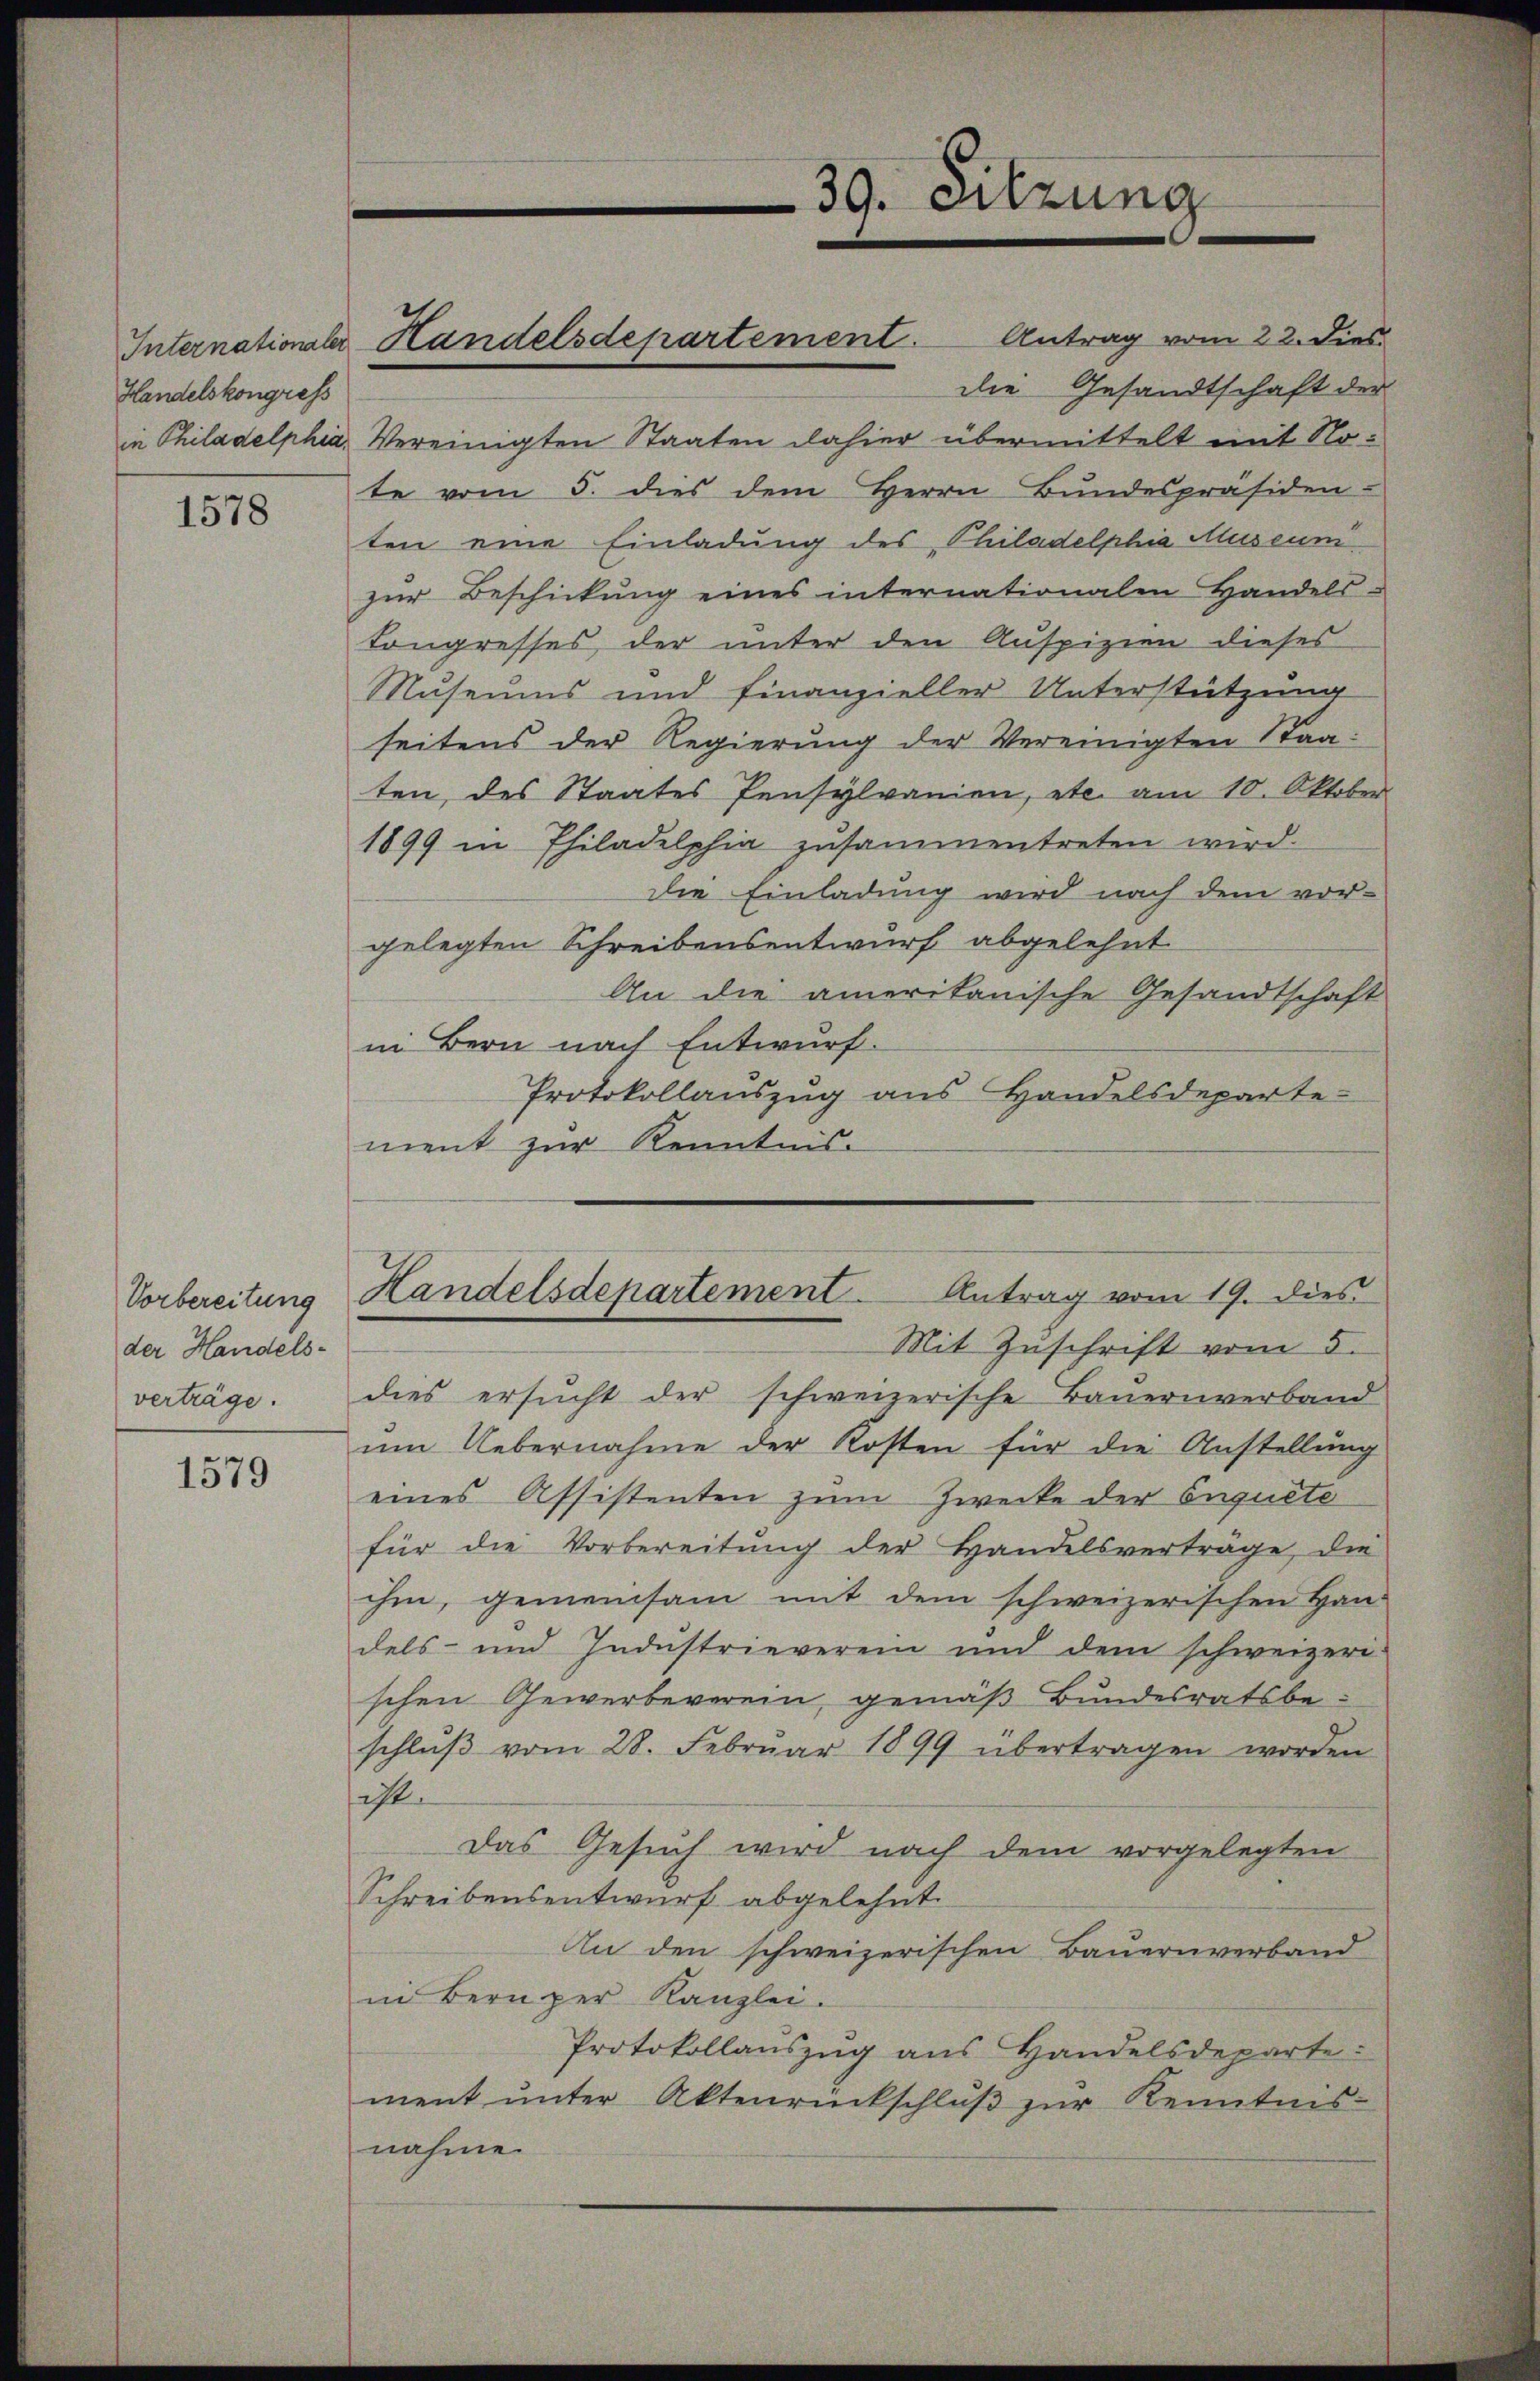
Handelskongress

1578

Vorbereitung
der Handels-
verträge.

1579

die Gesandtschaft der
in Philadelphia, Vereinigten Staaten dahier übermittelt mit Note vom 5. dies dem Herrn Bundespräsiden-
ten eine Einladung des Philadelphia Museum
zŭr Beschickŭng eines internationalen Handels-
Congresses, der unter den Auspizien dieses
Museums und Finanzieller Unterstützung
seitens der Regierung der Vereinigten Staaten, des Staates Pensylvanien, etc. am 10. Oktober
1899 in Philadelphia zusammentreten wird.
Die Einladung wird nach dem vor-
gelegten Schreibensentwurf abgelehnt
An die amerikanische Gesandtschaft
in Bern nach Entwurf.
Protokollauszug aus Handelsdeparte-
ment zur Kenntnis-
Antrag vom 19. dies
Handelsdepartement
Mit Zuschrift vom 5.
dies ersucht der schweizerische Bauernverband
um Uebernahme der Kosten für die Anstellung
eines Assistenten zum Zwecke der Onqueté
für die Vorbereitŭng der Handelsverträge, die
ihm, gemeinsam mit dem schweizerischen Han-
dels- und Industrieverein und dem schweizeri-
schen Gewerbeverein, gemäß Bundesratsbe-
schlŭβ vom 28. Febrŭar 1899 übertragen worden
ist.
Das Gesuch wird nach dem vorgelegten
Schreibensentwurf abgelehnt.
An den schweizerischen Bauernverband
in Bern per Kanzlei.
Protokollauszug aus Handelsdeparte:
ment ŭnter Aktenrückschlŭβ zŭr Kenntnis-
nahme.

Internationsler Handelsdepartement. Antrag vom 22. Dies

39. Sitzung